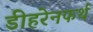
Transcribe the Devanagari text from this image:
डीहरेनफर्थ